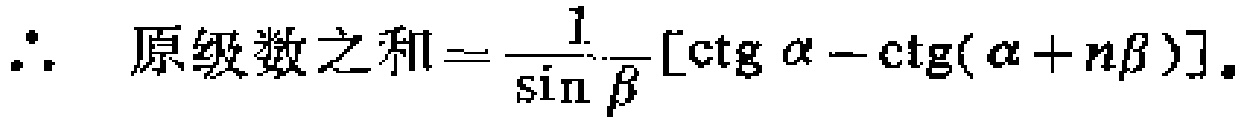
\(\therefore \text{ 原级数之和} = \frac{1}{\sin \beta} [\text{ctg } \alpha - \text{ctg}(\alpha + n\beta)]\)